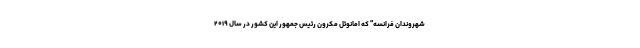
شهروندان فرانسه" که امانوئل مکرون رئیس جمهور این کشور در سال ۲۰۱۹